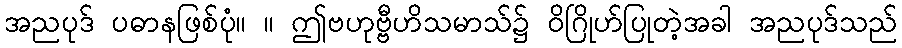
အညပုဒ် ပဓာနဖြစ်ပုံ။ ။ ဤဗဟုဗ္ဗီဟိသမာသ်၌ ဝိဂြိုဟ်ပြုတဲ့အခါ အညပုဒ်သည်